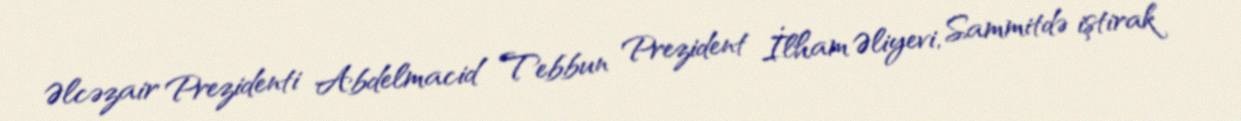
Əlcəzair Prezidenti Abdelmacid Tebbun Prezident İlham Əliyevi, Sammitdə iştirak